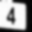
Digit: 4